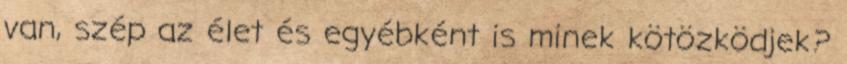
van, szép az élet és egyébként is minek kötözködjek?